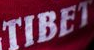
TIBET